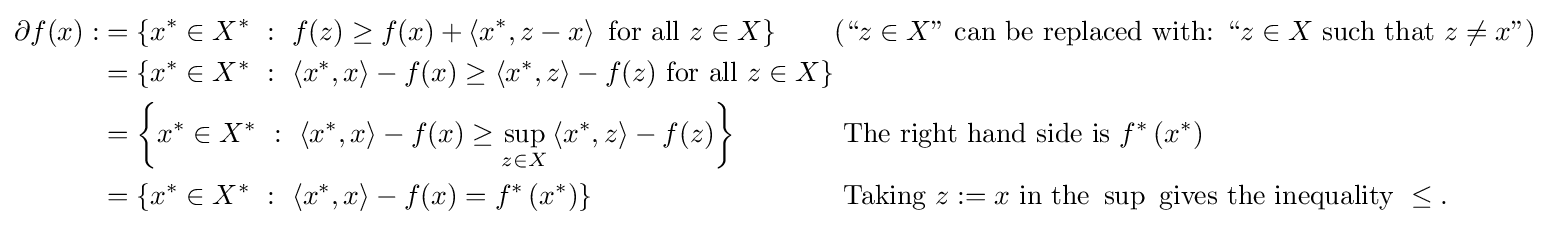
{\begin{alignedat}{4}\partial f(x):&=\left\{x^{*}\in X^{*}~:~f(z)\geq f(x)+\left\langle x^{*},z-x\right\rangle {\text{ for all }}z\in X\right\}&&({\text{“}}z\in X{\text{''}}{\text{ can be replaced with: }}{\text{“}}z\in X{\text{ such that }}z\neq x{\text{''}})\\&=\left\{x^{*}\in X^{*}~:~\left\langle x^{*},x\right\rangle -f(x)\geq \left\langle x^{*},z\right\rangle -f(z){\text{ for all }}z\in X\right\}&&\\&=\left\{x^{*}\in X^{*}~:~\left\langle x^{*},x\right\rangle -f(x)\geq \sup _{z\in X}\left\langle x^{*},z\right\rangle -f(z)\right\}&&{\text{ The right hand side is }}f^{*}\left(x^{*}\right)\\&=\left\{x^{*}\in X^{*}~:~\left\langle x^{*},x\right\rangle -f(x)=f^{*}\left(x^{*}\right)\right\}&&{\text{ Taking }}z:=x{\text{ in the }}\sup {}{\text{ gives the inequality }}\leq .\\\end{alignedat}}